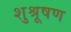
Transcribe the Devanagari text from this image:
शुश्रूषण